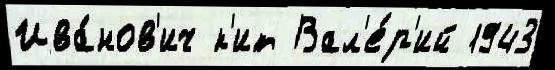
Ива́нов'ич к'ит Вал'е́р'ий 1943